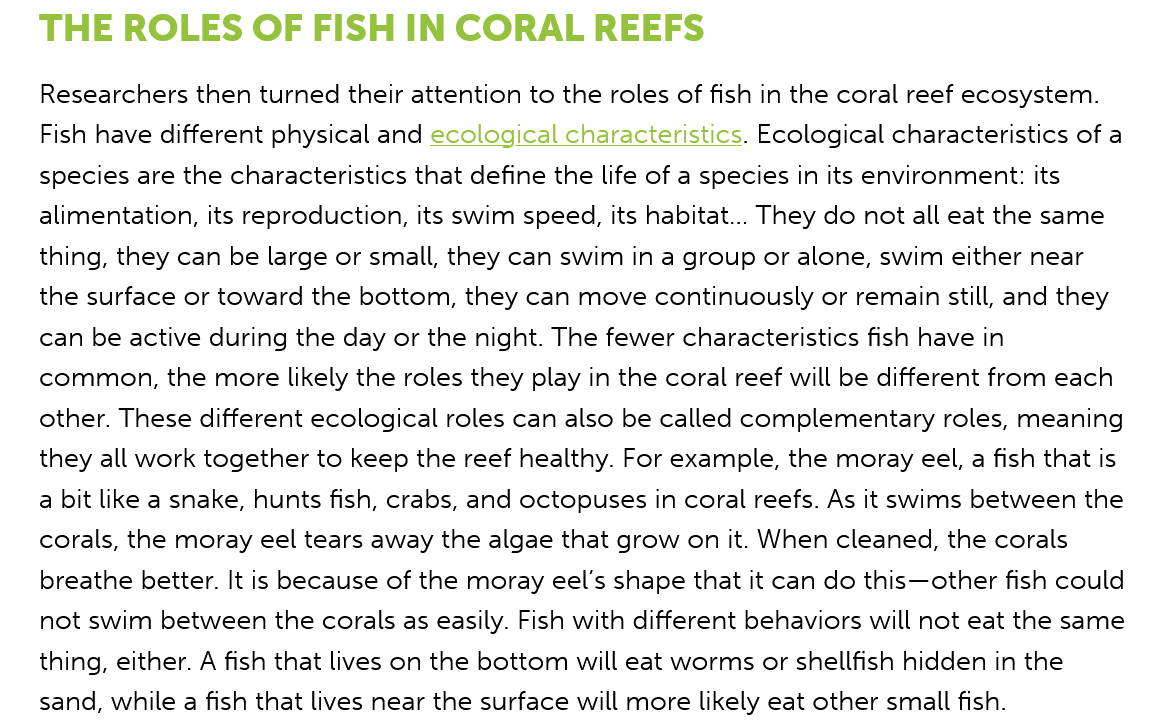
THE    ROLES    OF  FISH    IN CORAL    REEFS
    Researchers then turned their attention to the roles of fish in the coral reef ecosystem.
    Fish have different physical and ecological characteristics. Ecological characteristics of a
    species are the characteristics that define the life of a species in its environment: its
    alimentation, its reproduction, its swim speed, its habitat... They do not all eat the same
    thing, they can be large or small, they can swim in a group or alone, swim either near
    the surface or toward the bottom, they can move continuously or remain still, and they
    can be active during the day or the night. The fewer characteristics fish have in
    common,  the more likely the roles they play in the coral reef will be different from each
    other. These different ecological roles can also be called complementary roles, meaning
    they all work together to keep the reef healthy. For example, the moray eel, a fish that is
    a bit like a snake, hunts fish, crabs, and octopuses in coral reefs. As it swims between the
    corals, the moray eel tears away the algae that grow on it. When cleaned, the corals
    breathe better. It is because of the moray eel’s shape that it can do this—other fish could
    not swim between the corals as easily. Fish with different behaviors will not eat the same
    thing, either. A fish that lives on the bottom will eat worms or shellfish hidden in the
    sand, while a fish that lives near the surface will more likely eat other small fish.